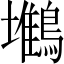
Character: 𪅧